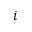
i